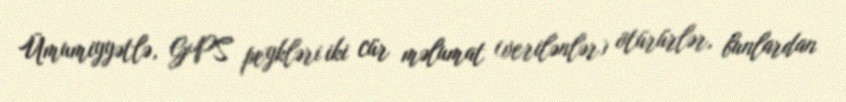
Ümumiyyətlə, GPS peykləri iki cür məlumat (verilənlər) ötürürlər, bunlardan